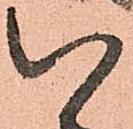
い